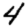
Digit: 4